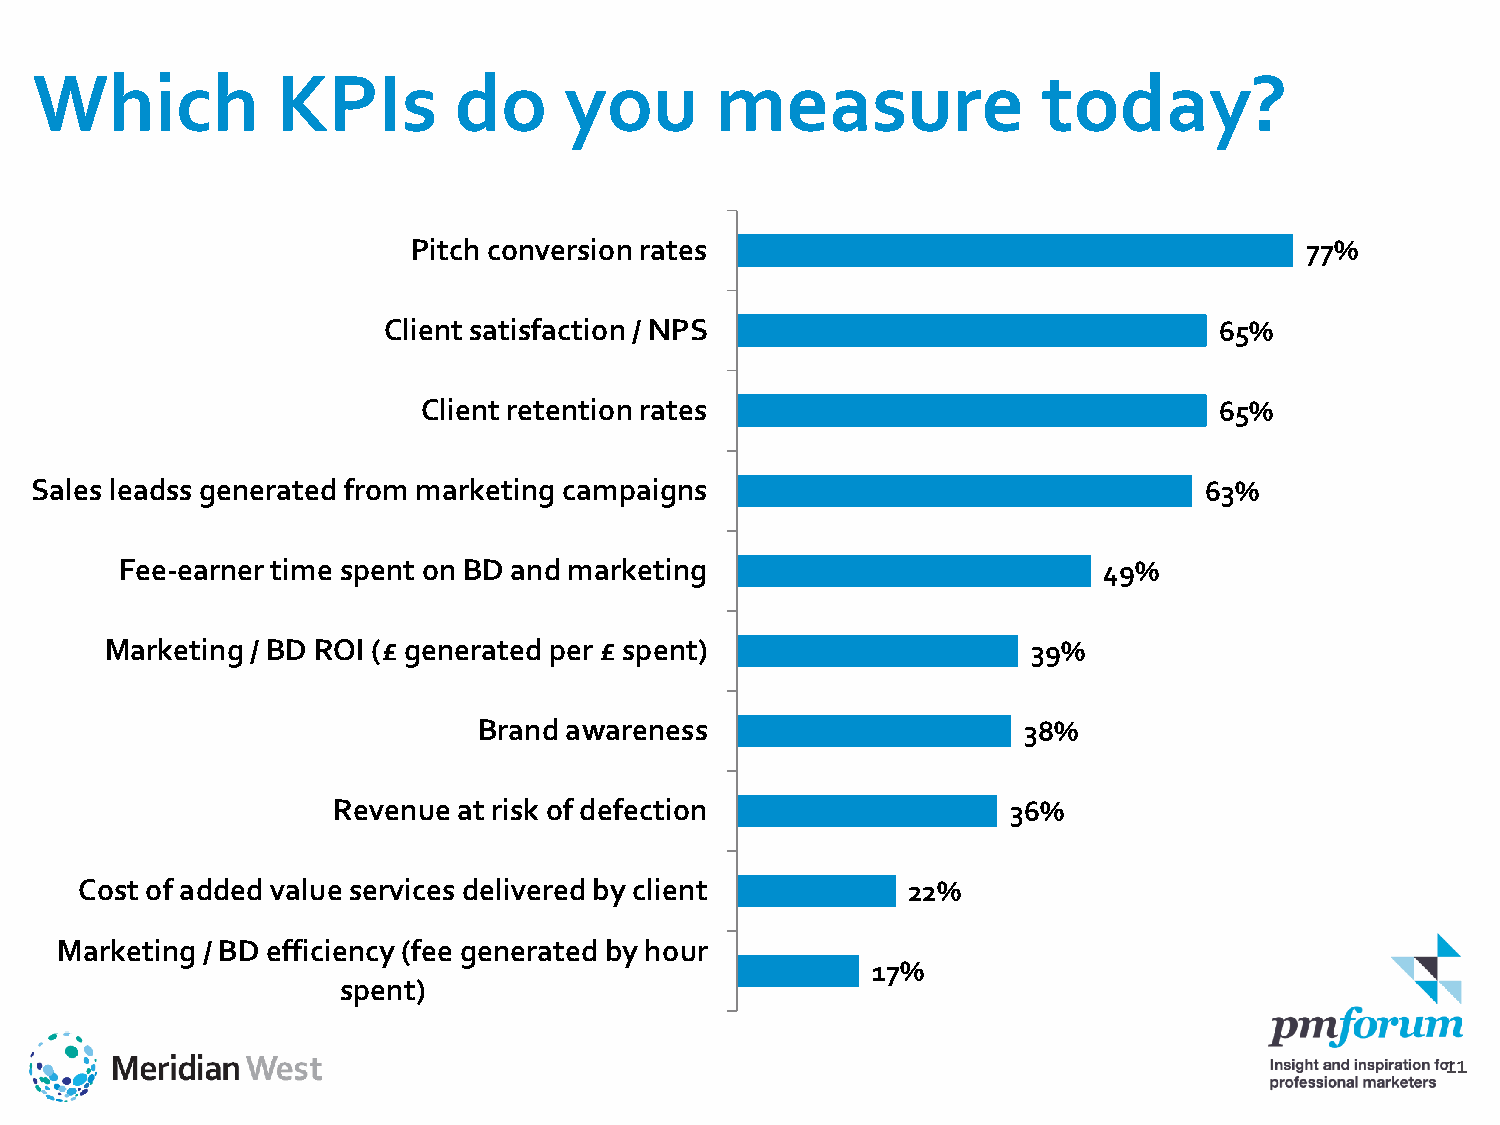
Which           KPIs        do     you       measure               today?
 Pitch conversion rates                                     77%
 Client satisfaction / NPS                               65%
 Client retention rates                               65%
 Sales leadss generated from marketing campaigns                               63%
 Fee-earner time spent on BD and marketing                        49%
 Marketing / BD ROI (£ generated per £ spent)                 39%
 Brand awareness                     38%
 Revenue at risk of defection                 36%
 Cost of added value services delivered by client       22%
 Marketing / BD efficiency (fee generated by hour
 17%
 spent)
 11